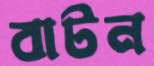
বাটন